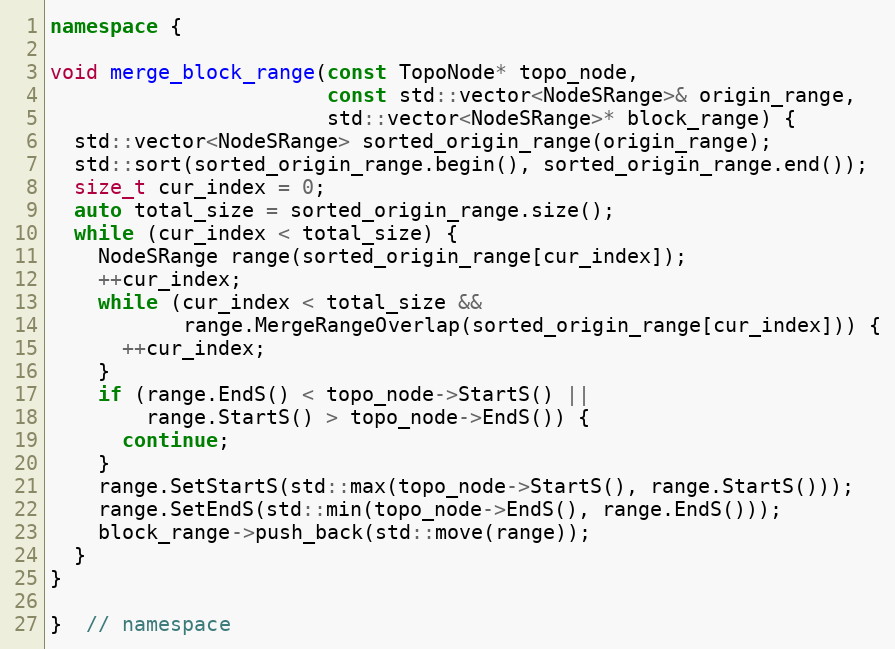
Language: C++
namespace {

void merge_block_range(const TopoNode* topo_node,
                       const std::vector<NodeSRange>& origin_range,
                       std::vector<NodeSRange>* block_range) {
  std::vector<NodeSRange> sorted_origin_range(origin_range);
  std::sort(sorted_origin_range.begin(), sorted_origin_range.end());
  size_t cur_index = 0;
  auto total_size = sorted_origin_range.size();
  while (cur_index < total_size) {
    NodeSRange range(sorted_origin_range[cur_index]);
    ++cur_index;
    while (cur_index < total_size &&
           range.MergeRangeOverlap(sorted_origin_range[cur_index])) {
      ++cur_index;
    }
    if (range.EndS() < topo_node->StartS() ||
        range.StartS() > topo_node->EndS()) {
      continue;
    }
    range.SetStartS(std::max(topo_node->StartS(), range.StartS()));
    range.SetEndS(std::min(topo_node->EndS(), range.EndS()));
    block_range->push_back(std::move(range));
  }
}

}  // namespace